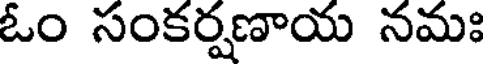
ఓం సంకర్షణాయ నమః